Plague in India, 1896, 1897 - Volume 3
Year: 1896
Disease focus: Plague
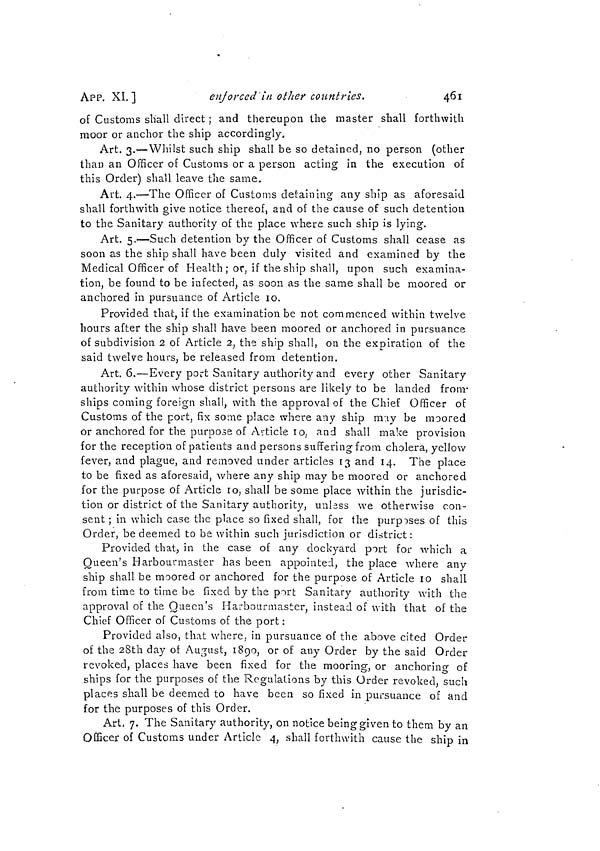
461
APP. XI. ]
enforced in other countries.
of Customs shall direct ; and thereupon the master shall forthwith
moor or anchor the ship accordingly.
Art. 3.—Whilst such ship shall be so detained, no person (other
than an Officer of Customs or a person acting in the execution of
this Order) shall leave the same.
Art. 4.—The Officer of Customs detaining any ship as aforesaid
shall forthwith give notice thereof, and of the cause of such detention
to the Sanitary authority of the place where such ship is lying.
Art. 5.—Such detention by the Officer of Customs shall cease as
soon as the ship shall have been duly visited and examined by the
Medical Officer of Health ; or, if the ship shall, upon such examina-
tion, be found to be infected, as soon as the same shall be moored or
anchored in pursuance of Article 10.
Provided that, if the examination be not commenced within twelve
hours after the ship shall have been moored or anchored in pursuance
of subdivision 2 of Article 2, the ship shall, on the expiration of the
said twelve hours, be released from detention.
Art. 6.—Every port Sanitary authority and every other Sanitary
authority within whose district persons are likely to be landed from
ships coming foreign shall, with the approval of the Chief Officer of
Customs of the port, fix some place where any ship may be moored
or anchored for the purpose of Article 10 ; and shall make provision
for the reception of patients and persons suffering from cholera, yellow
fever, and plague, and removed under articles 13 and 14. The place
to be fixed as aforesaid, where any ship may be moored or anchored
for the purpose of Article ro, shall be some place within the jurisdic-
tion or district of the Sanitary authority, unless we otherwise con-
sent ; in which case the place so fixed shall, for the purposes of this
Order, be deemed to be within such jurisdiction or district:
Provided that, in the case of any dockyard port for which a
Queen's Harbourmaster has been appointed, the place where any
ship shall be moored or anchored for the purpose of Article 10 shall
from time to time be fixed by the port Sanitary authority with the
approval of the Queen's Harbourmaster, instead of with that of the
Chief Officer of Customs of the port :
Provided also, that where, in pursuance of the above cited Order
of the 28th day of August, 1890, or of any Order by the said Order
revoked, places have been fixed for the mooring, or anchoring of
ships for the purposes of the Regulations by this Order revoked, such
places shall be deemed to have been so fixed in pursuance of and
for the purposes of this Order.
Art, 7. The Sanitary authority, on notice being given to them by an
Officer of Customs under Article 4, shall forthwith cause the ship in